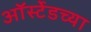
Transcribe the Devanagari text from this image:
ऑर्स्टेडच्या